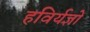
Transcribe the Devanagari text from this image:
हविर्यज्ञों